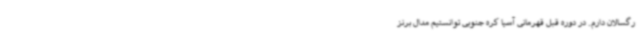
رگسالان دارم. در دوره قبل قهرمانی آسیا کره جنوبی توانستیم مدال برنز